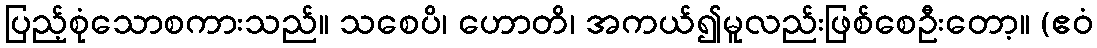
ပြည့်စုံသောစကားသည်။ သစေပိ၊ ဟောတိ၊ အကယ်၍မူလည်းဖြစ်စေဦးတော့။ (ဧဝံ